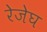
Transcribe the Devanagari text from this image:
रेजेघ